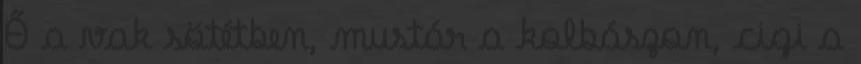
Ő a vak sötétben, mustár a kolbászon, cigi a